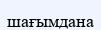
шағымдана